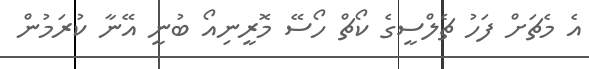
އެ މެޗަށް ފަހު ޗެލްސީގެ ކޯޗް ހޯސޭ މޮރީނިއޯ ބުނީ އޭނާ ކުރަމުން